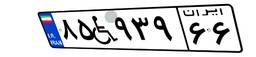
۸۵W۹۳۹۶۶